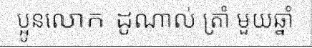
ប្អូនលោក ដូណាល់ ត្រាំ មួយឆ្នាំ